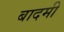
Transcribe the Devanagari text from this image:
बादमी